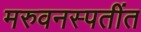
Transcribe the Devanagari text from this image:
मरुवनस्पतींत